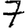
Digit: 7